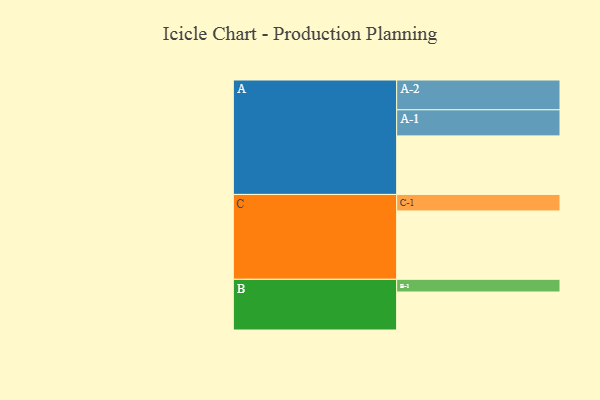
{"axis": {"x": "Segment", "y": "Value"}, "legend": ["", "A", "B", "C"], "data": [{"x": "A", "y": 507, "type": ""}, {"x": "B", "y": 329, "type": ""}, {"x": "C", "y": 592, "type": ""}, {"x": "A-1", "y": 226, "type": "A"}, {"x": "A-2", "y": 258, "type": "A"}, {"x": "B-1", "y": 110, "type": "B"}, {"x": "C-1", "y": 143, "type": "C"}]}